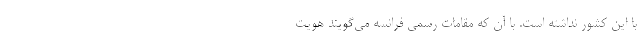
با این کشور نداشته است. با آن که مقامات رسمی فرانسه می‌گویند هویت